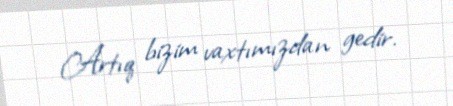
Artıq bizim vaxtımızdan gedir.